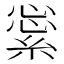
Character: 𦁞